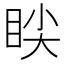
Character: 𱲱